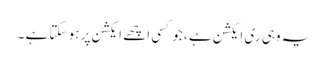
یہ وہی ری ایکشن ہے ، جو کسی اچھے ایکشن پر ہو سکتا ہے ۔